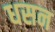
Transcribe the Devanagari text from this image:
धसन